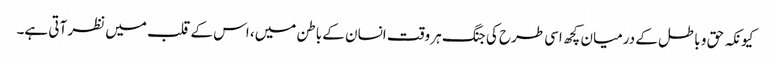
کیونکہ حق و باطل کے درمیان کچھ اسی طرح کی جنگ ہر وقت انسان کے باطن میں، اس کے قلب میں نظر آتی ہے۔